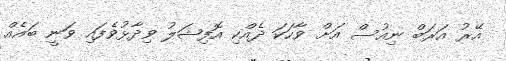
އޭރު އަރަބް ނިއުސް އަށް ވާހަކަ ދެއްކި އޮފިޝަލު ވިދާޅުވެފައި ވަނީ ބައެއް